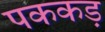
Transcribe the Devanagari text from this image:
पककड़